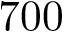
7 0 0